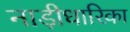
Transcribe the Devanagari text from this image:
नाड़ीधारिका